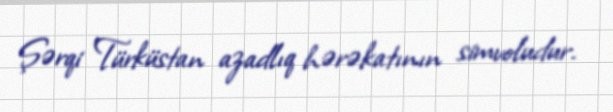
Şərqi Türküstan azadlıq hərəkatının simvoludur.